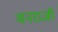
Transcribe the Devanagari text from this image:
वनराजी